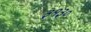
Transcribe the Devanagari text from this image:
३१३०